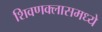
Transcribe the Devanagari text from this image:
शिवणक्लासमध्ये